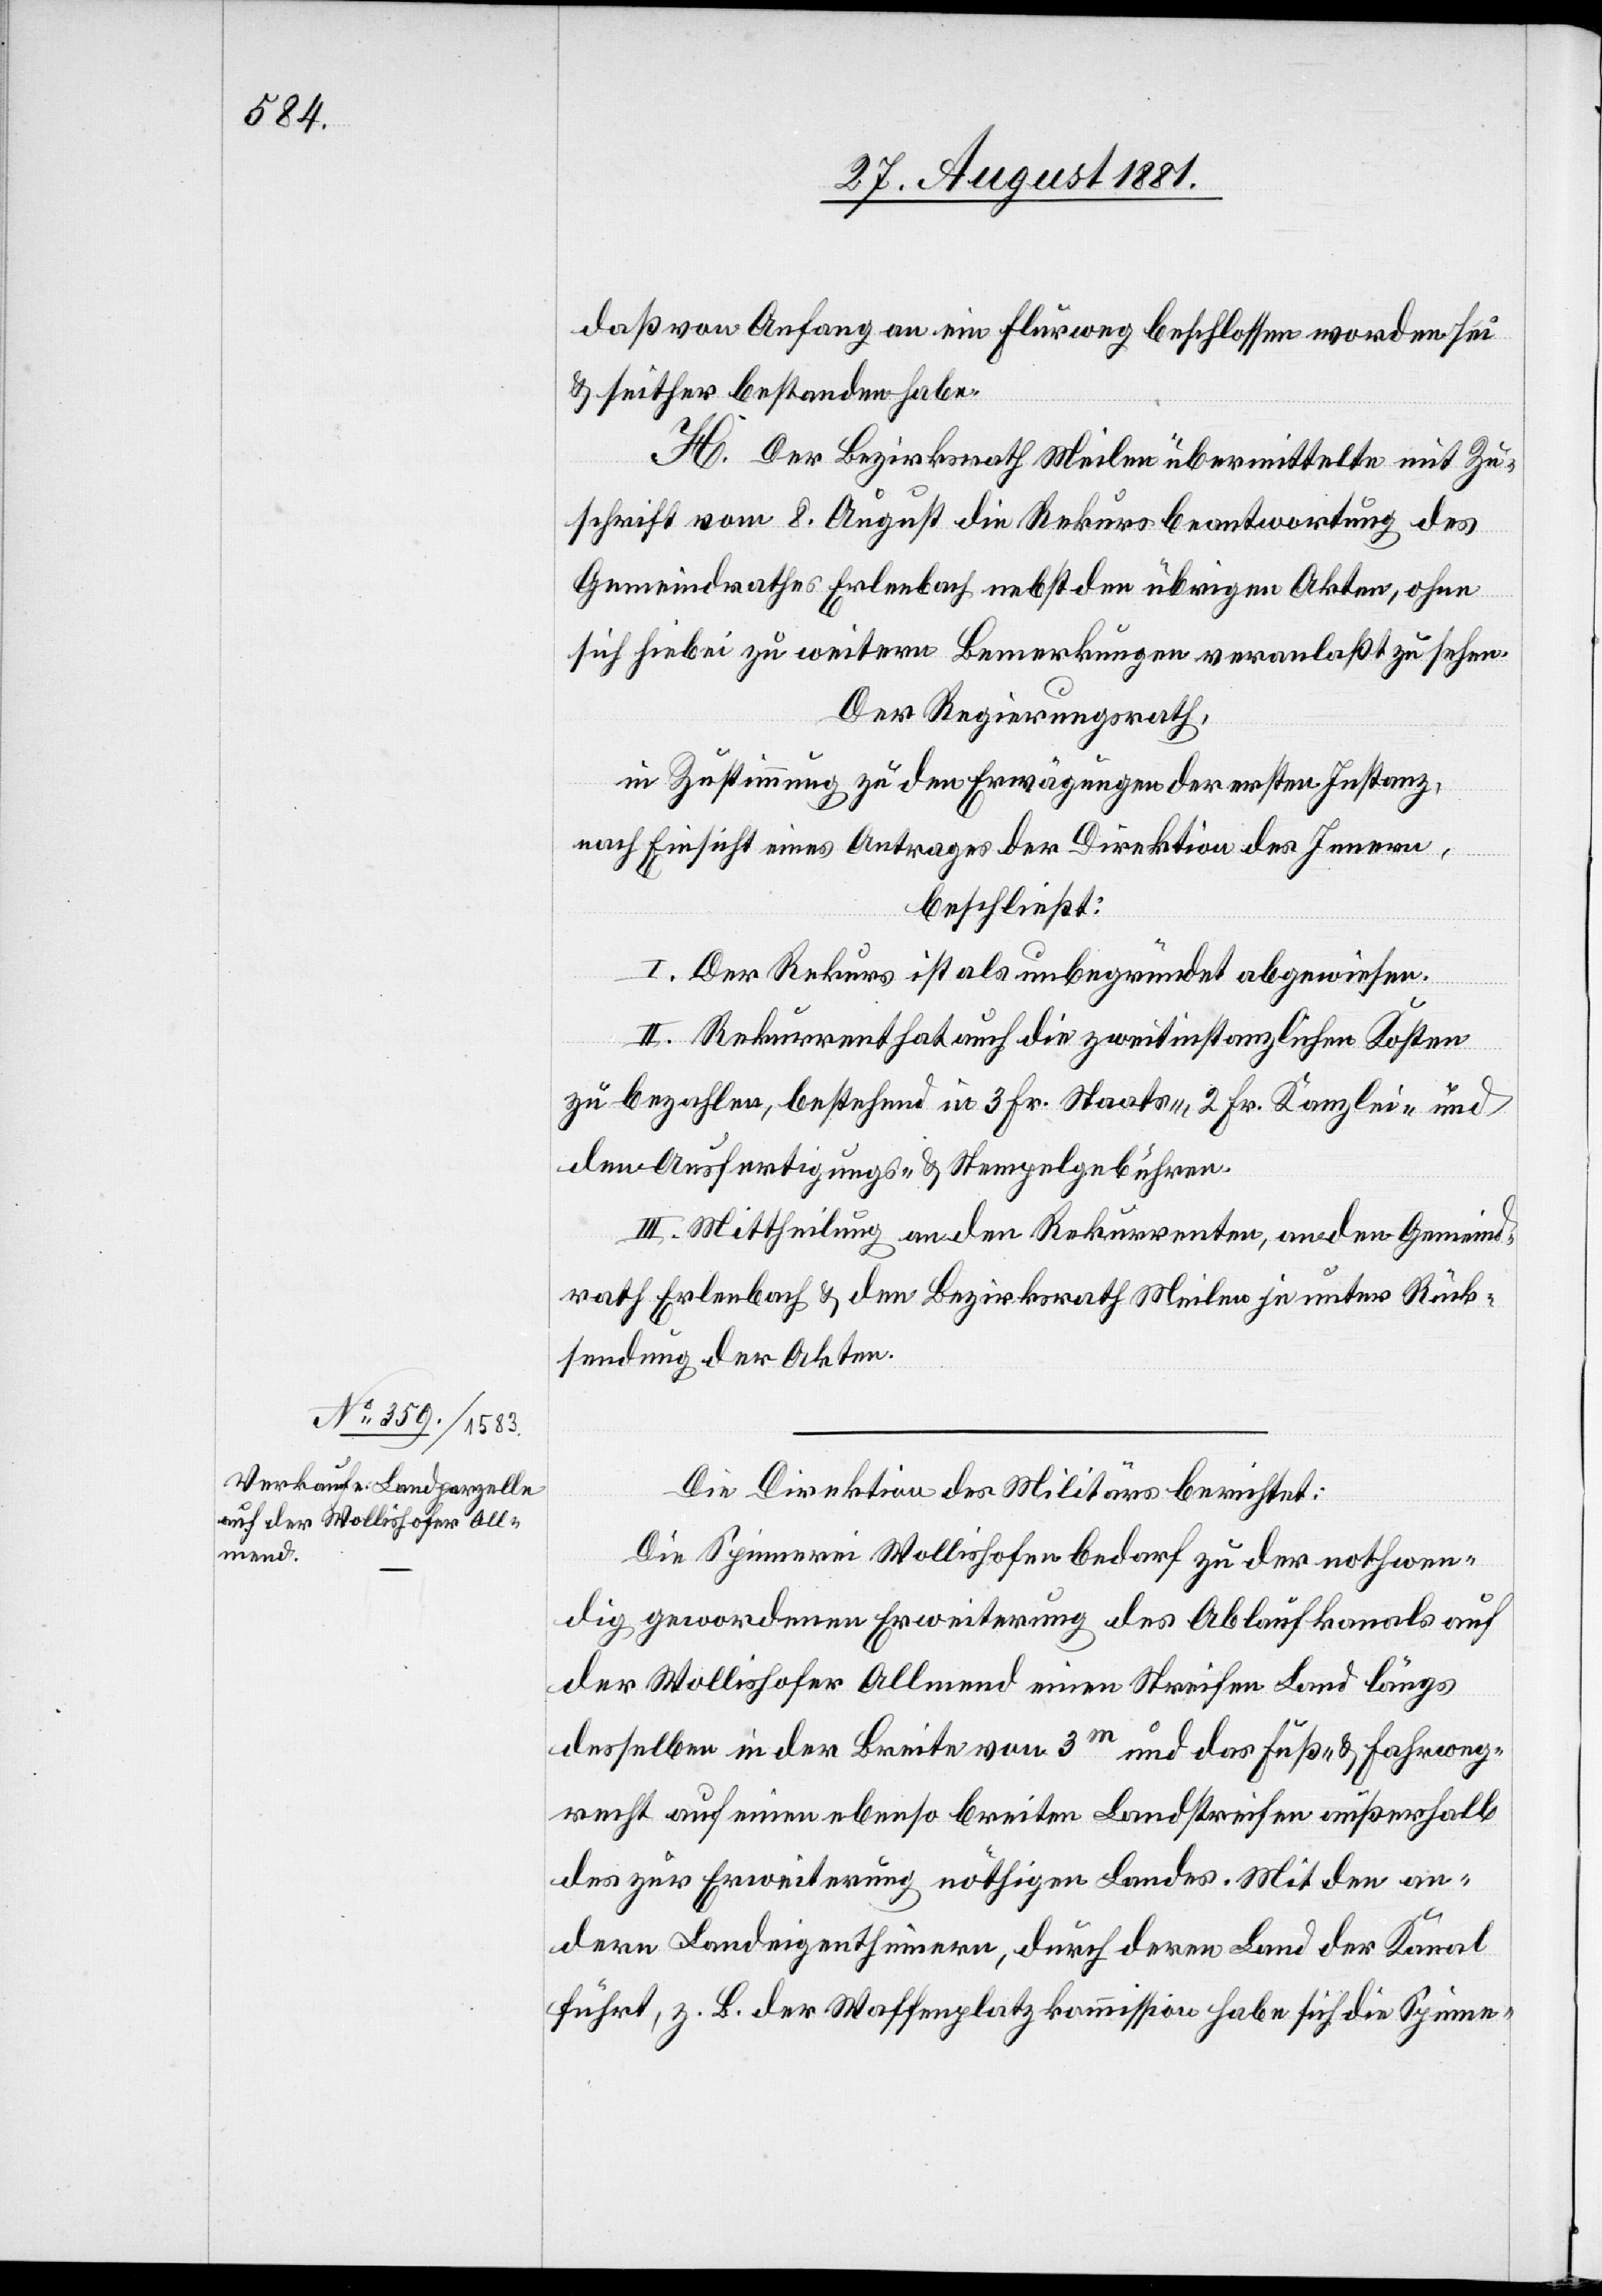
daß von Anfang an ein Flurweg beschlossen worden sei
& seither bestanden habe.
H. Der Bezirksrath Meilen übermittelte mit Zu¬
schrift vom 8. August die Rekursbeantwortung des
Gemeindrathes Erlenbach nebst den übrigen Akten, ohne
sich hiebei zu weitern Bemerkungen veranlaßt zu sehen.
Der Regierungsrath,
in Zustimmung zu den Erwägungen der ersten Instanz,
nach Einsicht eines Antrages der Direktion des Innern,
beschließt:
I. Der Rekurs ist als unbegründet abgewiesen.
II. Rekurrent hat auch die zweitinstanzlichen Kosten
zu bezahlen, bestehend in 3. Fr. Staats-, 2. Fr. Kanzlei- und
den Ausfertigungs- & Stempelgebühren.
III. Mittheilung an den Rekurrenten, an den Gemeind¬
rath Erlenbach & den Bezirksrath Meilen je unter Rück¬
sendung der Akten.
Die Direktion des Militärs berichtet:
Die Spinnerei Wollishofen bedarf zu der nothwen¬
dig gewordenen Erweiterung des Ablaufkanals auf
der Wollishofer Allmend einen Streifen Land längs
desselben in der Breite vom 3m und das Fuß- & Fahrweg¬
recht auf einen ebenso breiten Landstreifen außerhalb
des zur Erweiterung nöthigen Landes. Mit den an¬
dern Landeigenthümern, durch deren Land der Kanal
führt, z. B. der Waffenplatzkommission habe sich die Spinne-